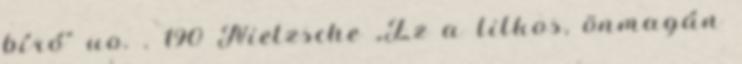
bíró” uo. . 190 Nietzsche „Ez a titkos, önmagán